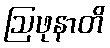
ဩဖုနာတိ